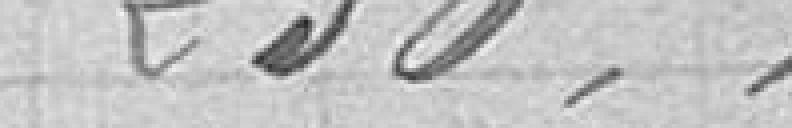
250